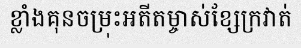
ខ្លាំងគុនចម្រុះអតីតម្ចាស់ខ្សែក្រវាត់